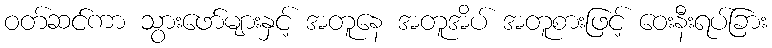
ဝတ်ဆင်ကာ သွားဖော်များနှင့် အတူနေ အတူအိပ် အတူစားဖြင့် ဝေးနီးရပ်ခြား